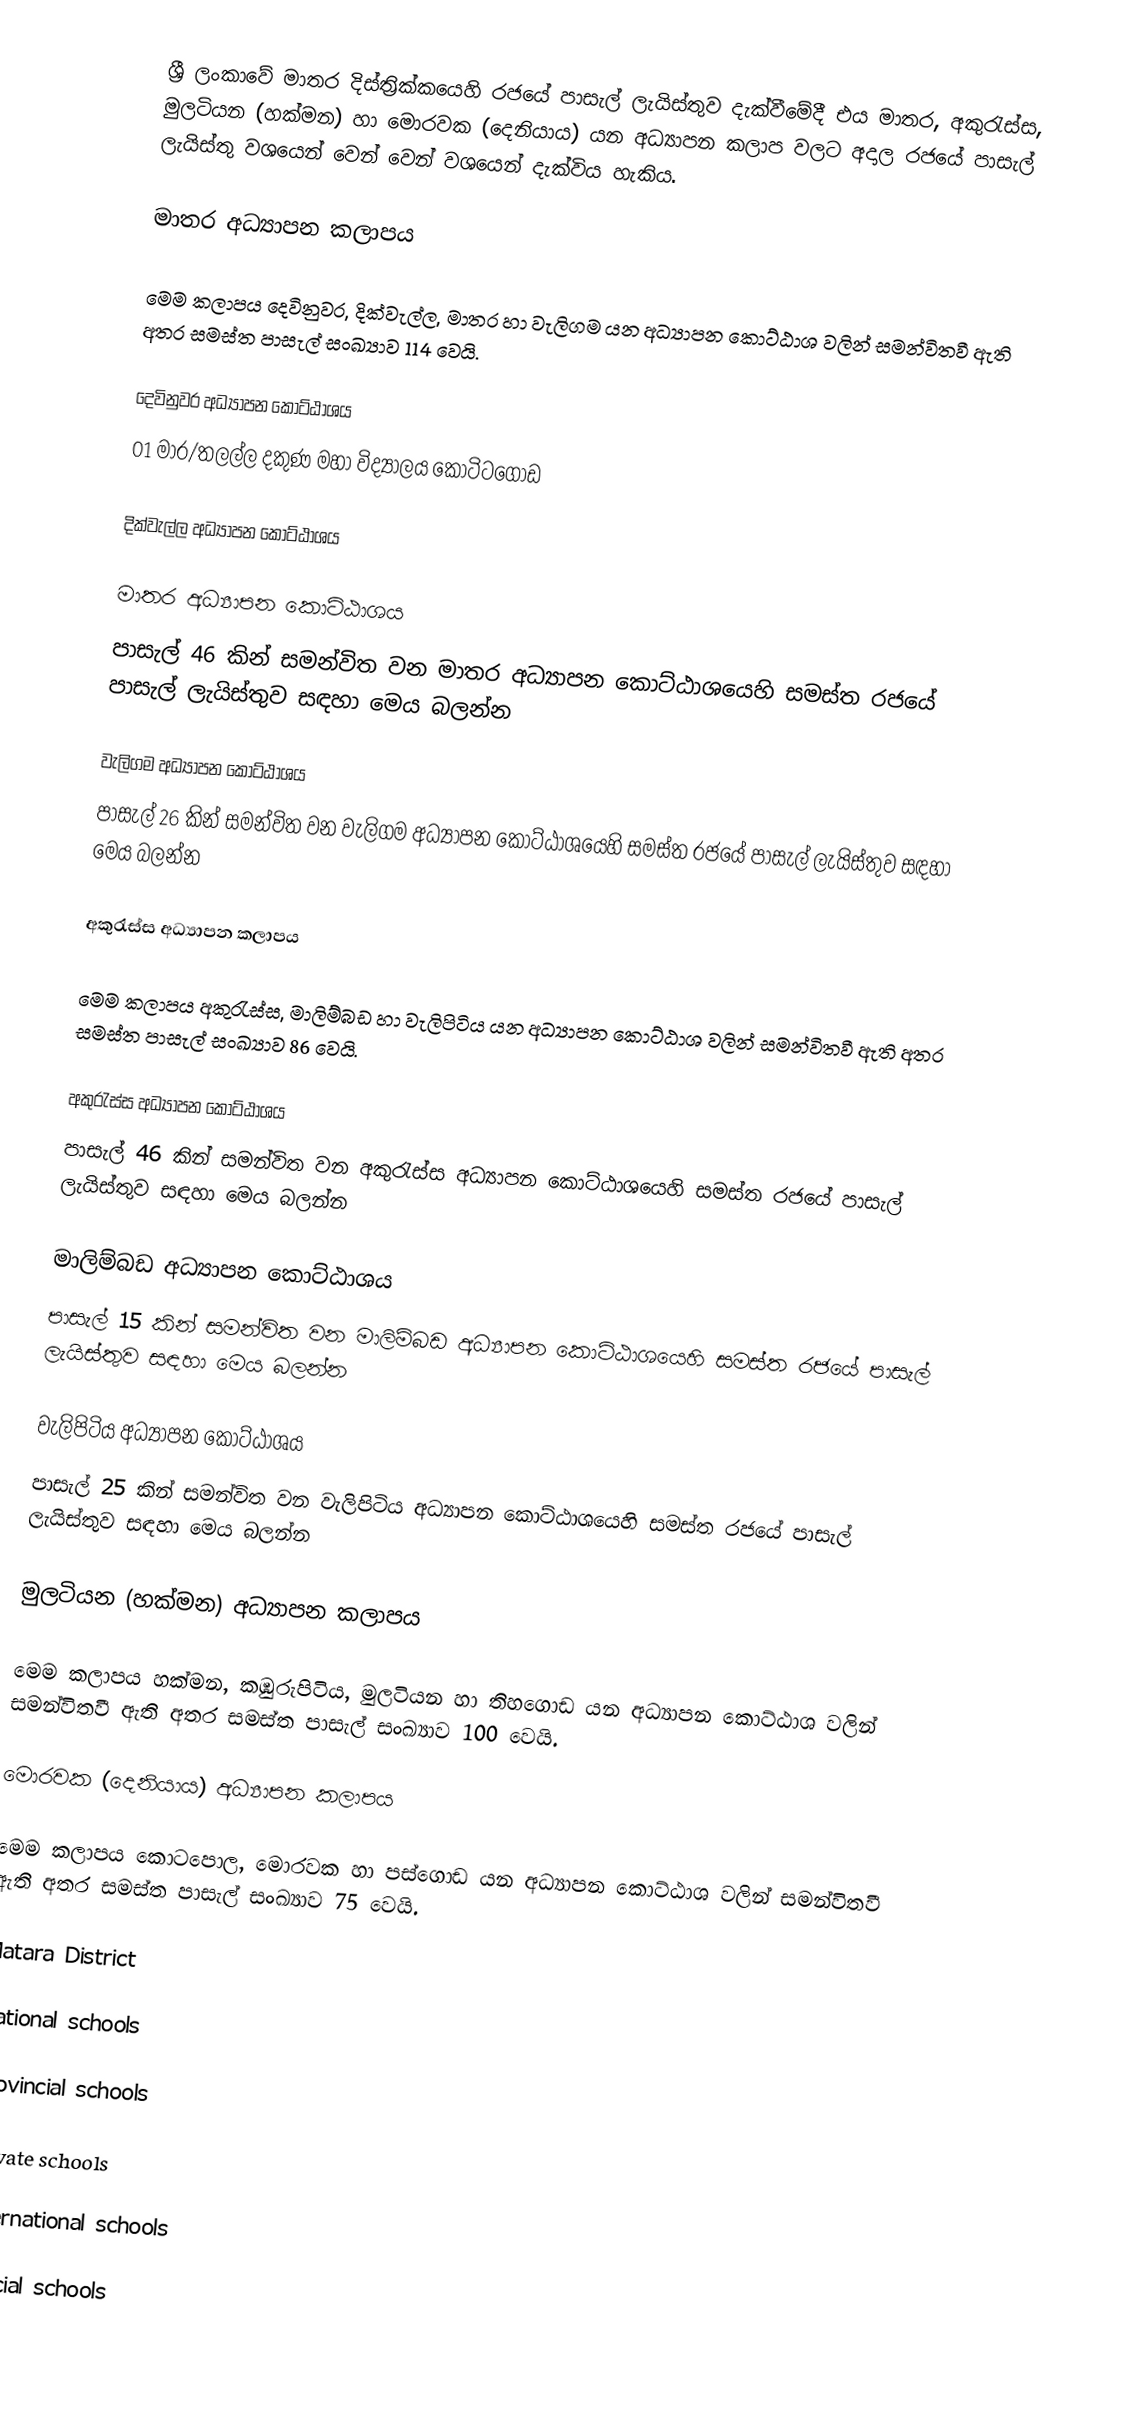
ශ්‍රී ලංකාවේ මාතර දිස්ත්‍රික්කයෙහි රජයේ පාසැල් ලැයිස්තුව දැක්වීමේදී එය මාතර, අකුරැස්ස, මුලටියන (හක්මන) හා මොරවක (දෙනියාය)  යන අධ්‍යාපන කලාප  වලට අදාල රජයේ පාසැල් ලැයිස්තු වශයෙන් වෙන් වෙන් වශයෙන් දැක්විය හැකිය.

මාතර අධ්‍යාපන කලාපය

මෙම කලාපය දෙවිනුවර, දික්වැල්ල, මාතර හා වැලිගම යන අධ්‍යාපන කොට්ඨාශ වලින් සමන්විතවී ඇති අතර සමස්ත පාසැල් සංඛ්‍යාව 114 වෙයි.

දෙවිනුවර අධ්‍යාපන කොට්ඨාශය
01 මාර/තලල්ල දකුණ මහා විද්‍යාලය කෝටිටගොඩ

දික්වැල්ල අධ්‍යාපන කොට්ඨාශය

මාතර අධ්‍යාපන කොට්ඨාශය
පාසැල් 46 කින් සමන්විත වන මාතර අධ්‍යාපන කොට්ඨාශයෙහි සමස්ත රජයේ පාසැල් ලැයිස්තුව සඳහා මෙය බලන්න

වැලිගම අධ්‍යාපන කොට්ඨාශය
පාසැල් 26 කින් සමන්විත වන වැලිගම අධ්‍යාපන කොට්ඨාශයෙහි සමස්ත රජයේ පාසැල් ලැයිස්තුව සඳහා මෙය බලන්න

අකුරැස්ස අධ්‍යාපන කලාපය

මෙම කලාපය අකුරැස්ස, මාලිම්බඩ හා වැලිපිටිය යන අධ්‍යාපන කොට්ඨාශ වලින් සමන්විතවී ඇති අතර සමස්ත පාසැල් සංඛ්‍යාව 86 වෙයි.

අකුරැස්ස අධ්‍යාපන කොට්ඨාශය
පාසැල් 46 කින් සමන්විත වන අකුරැස්ස අධ්‍යාපන කොට්ඨාශයෙහි සමස්ත රජයේ පාසැල් ලැයිස්තුව සඳහා මෙය බලන්න

මාලිම්බඩ අධ්‍යාපන කොට්ඨාශය
පාසැල් 15 කින් සමන්විත වන මාලිම්බඩ අධ්‍යාපන කොට්ඨාශයෙහි සමස්ත රජයේ පාසැල් ලැයිස්තුව සඳහා මෙය බලන්න

වැලිපිටිය අධ්‍යාපන කොට්ඨාශය
පාසැල් 25 කින් සමන්විත වන වැලිපිටිය අධ්‍යාපන කොට්ඨාශයෙහි සමස්ත රජයේ පාසැල් ලැයිස්තුව සඳහා මෙය බලන්න

මුලටියන (හක්මන) අධ්‍යාපන කලාපය

මෙම කලාපය හක්මන, කඹුරුපිටිය, මුලටියන හා තිහගොඩ යන අධ්‍යාපන කොට්ඨාශ වලින් සමන්විතවී ඇති අතර සමස්ත පාසැල් සංඛ්‍යාව 100 වෙයි.

මොරවක (දෙනියාය) අධ්‍යාපන කලාපය

මෙම කලාපය කොටපොල, මොරවක හා පස්ගොඩ යන අධ්‍යාපන කොට්ඨාශ වලින් සමන්විතවී ඇති අතර සමස්ත පාසැල් සංඛ්‍යාව 75 වෙයි.

Matara District

National schools

Provincial schools

Private schools

International schools

Special schools